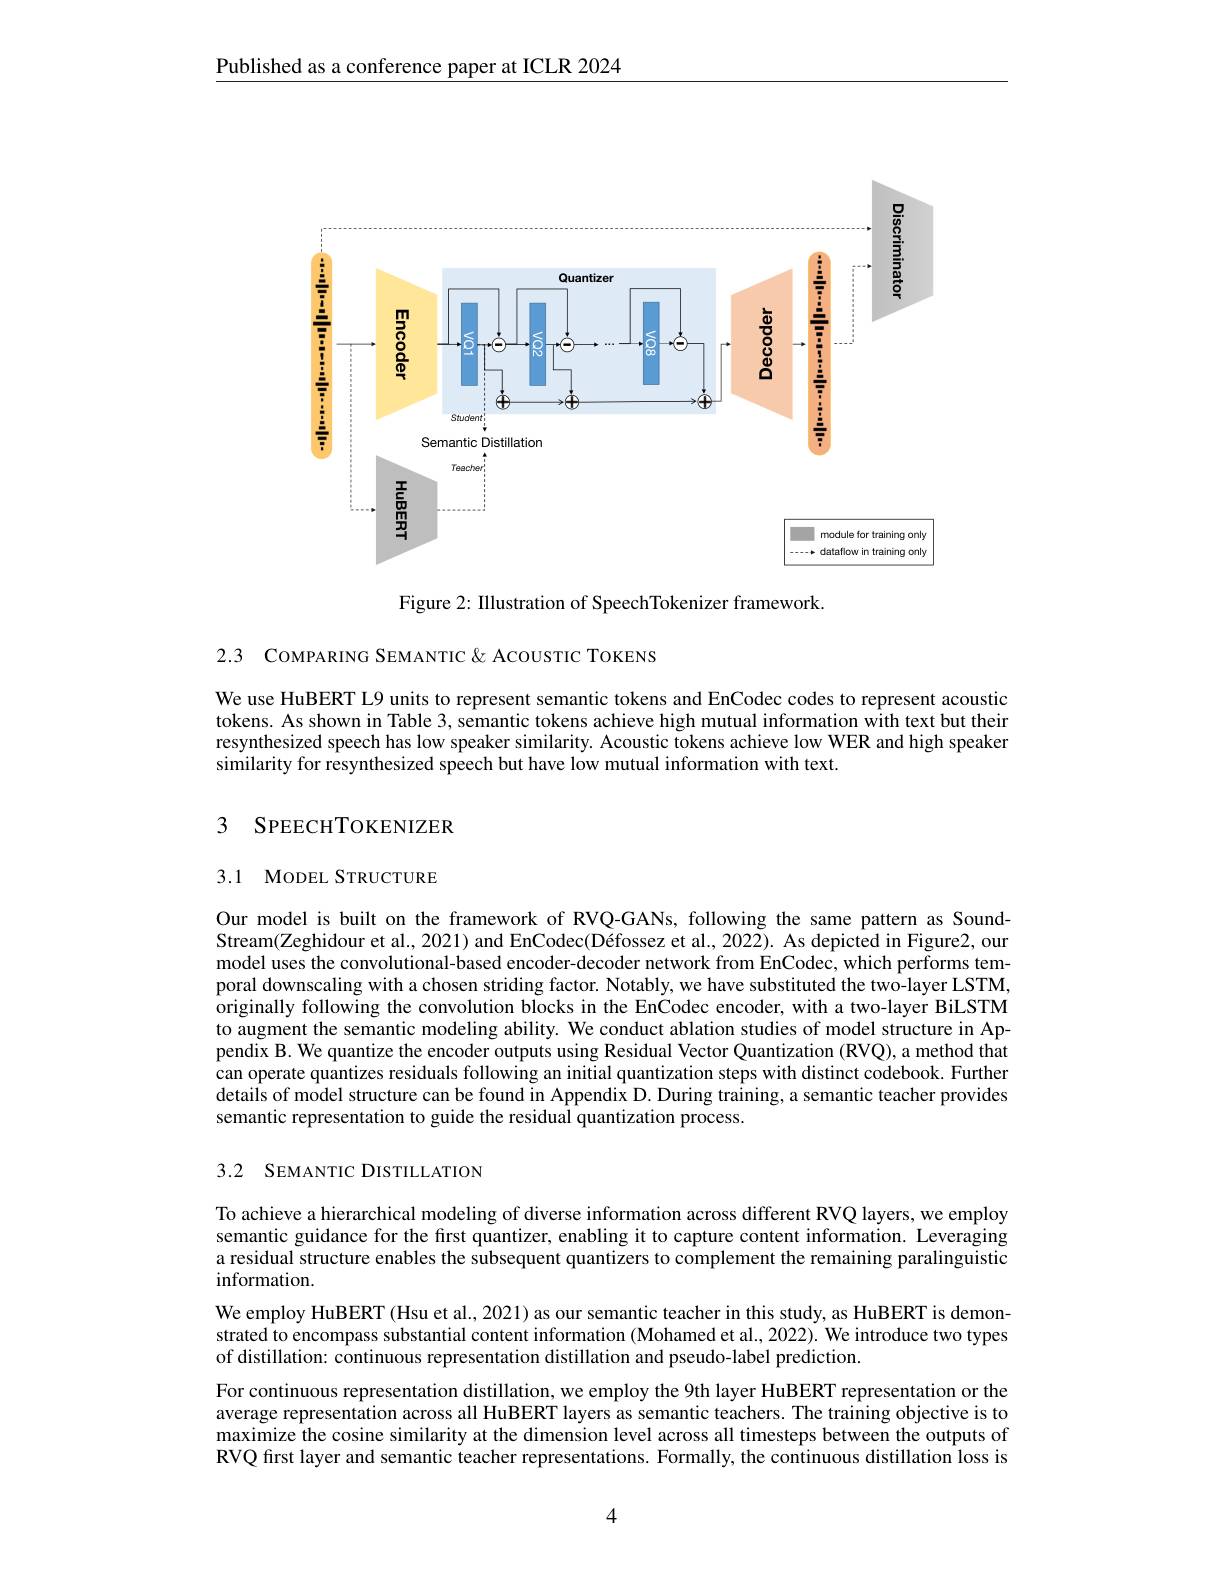
Published as a conference paper at ICLR 2024

<FigureHere>

Figure 2: Illustration of SpeechTokenizer framework.

2.3 COMPARING SEMANTIC & ACOUSTIC TOKENS

We use HuBERT L9 units to represent semantic tokens and EnCodec codes to represent acoustic tokens. As shown in Table 3, semantic tokens achieve high mutual information with text but their resynthesized speech has low speaker similarity. Acoustic tokens achieve low WER and high speaker similarity for resynthesized speech but have low mutual information with text.

## 3 SPEECHTOKENIZER

## 3.1 MODEL STRUCTURE

Our model is built on the framework of RVQ-GANs, following the same pattern as SoundStream(Zeghidour et al., 2021) and EnCodec(Défossez et al., 2022). As depicted in Figure2, our model uses the convolutional-based encoder-decoder network from EnCodec, which performs temporal downscaling with a chosen striding factor. Notably, we have substituted the two-layer LSTM, originally following the convolution blocks in the EnCodec encoder, with a two-layer BiLSTM to augment the semantic modeling ability. We conduct ablation studies of model structure in Appendix B. We quantize the encoder outputs using Residual Vector Quantization (RVQ), a method that can operate quantizes residuals following an initial quantization steps with distinct codebook. Further details of model structure can be found in Appendix D. During training, a semantic teacher provides semantic representation to guide the residual quantization process.

## 3.2 SEMANTIC DISTILLATION

To achieve a hierarchical modeling of diverse information across different RVQ layers, we employ semantic guidance for the first quantizer, enabling it to capture content information. Leveraging a residual structure enables the subsequent quantizers to complement the remaining paralinguistic information.
We employ HuBERT (Hsu et al., 2021) as our semantic teacher in this study, as HuBERT is demonstrated to encompass substantial content information (Mohamed et al., 2022). We introduce two types of distillation: continuous representation distillation and pseudo-label prediction.
For continuous representation distillation, we employ the 9th layer HuBERT representation or the average representation across all HuBERT layers as semantic teachers. The training objective is to maximize the cosine similarity at the dimension level across all timesteps between the outputs of RVQ first layer and semantic teacher representations. Formally, the continuous distillation loss is

4